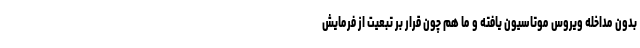
بدون مداخله ویروس موتاسیون یافته و ما هم چون قرار بر تبعیت از فرمایش